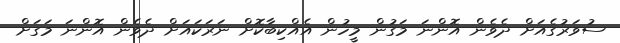
ސުވަރުގެއަށް ދެވެން އޮންނަ މަގުން މީހުން އެއްކިބާކޮށް ނަރަކައަށް ދެވެން އޮންނަ މަގަށް